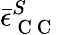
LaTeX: \bar{\epsilon}_{\mathrm{~C~C~}}^{S}